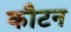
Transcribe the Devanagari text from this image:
कौटन